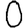
Digit: 0